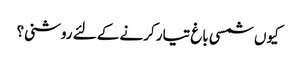
کیوں شمسی باغ تیار کرنے کے لئے روشنی؟